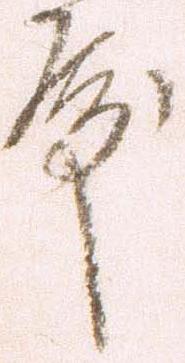
殿